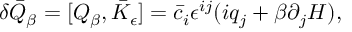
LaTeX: \delta \bar { Q } _ { \beta } = [ Q _ { \beta } , \bar { K } _ { \epsilon } ] = \bar { c } _ { i } \epsilon ^ { i j } ( i q _ { j } + \beta \partial _ { j } H ) ,